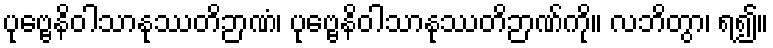
ပုဗ္ဗေနိဝါသာနုဿတိဉာဏံ၊ ပုဗ္ဗေနိဝါသာနုဿတိဉာဏ်ကို။ လဘိတွာ၊ ရ၍။